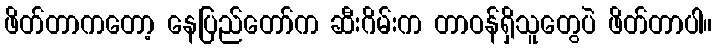
ဖိတ်တာကတော့ နေပြည်တော်က ဆီးဂိမ်းက တာဝန်ရှိသူတွေပဲ ဖိတ်တာပါ။